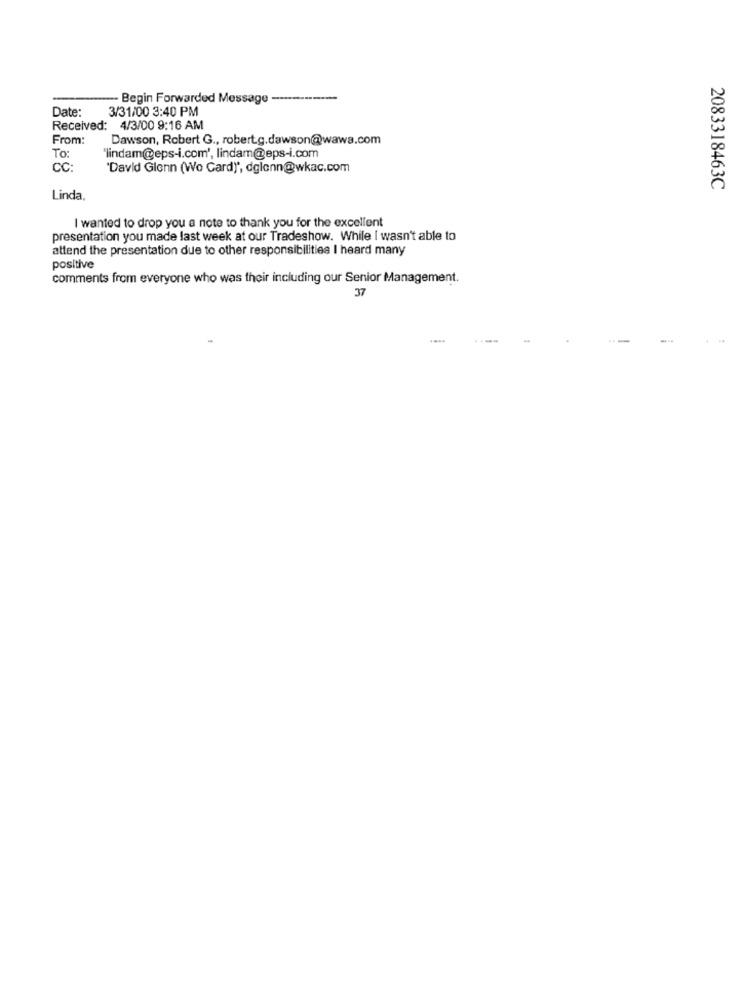
-- Begin Forwarded Message -
Date:
3/31/00 3:40 PM
Received: 4/3/00 9:16 AM
From:
Dawson, Robert G ., robert.g.dawson@wawa.com
To:
lindam@eps-i.com', lindam@eps-i.com
CC:
'David Glenn (Wo Card)", dglenn@wkac.com
2083318463C
Linda,
I wanted to drop you a note to thank you for the excellent
presentation you made last week at our Tradeshow. While I wasn't able to
attend the presentation due to other responsibilities I heard many
positive
comments from everyone who was their including our Senior Management.
37